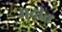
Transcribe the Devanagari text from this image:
मुद्रीत